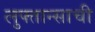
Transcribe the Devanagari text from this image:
लुफ्तान्साची